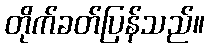
တိုက်ခတ်ပြန်သည်။